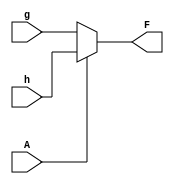
module bdd(A, g, h, F);
	input A, g, h;
	output F;

	assign F = (A == 0) ? g : h;	// if A = 0, F = g	or	if A = 1, F = h
endmodule